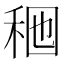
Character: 𱶄